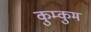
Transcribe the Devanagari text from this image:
कुम्कुम